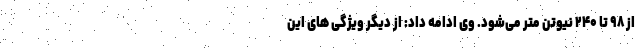
از ۹۸ تا ۲۴۰ نیوتن متر می‌شود. وی ادامه داد: از دیگر ویژگی های این